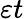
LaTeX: \varepsilon t